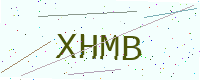
Text: XHMB